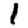
Digit: 1